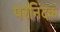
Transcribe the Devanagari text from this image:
परनिंदक